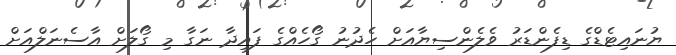
ޔުނައިޓެޑްގެ ޑިފެންޑަރު ވެލެންސިޔާއަށް ހެދުނު ގޯހެއްގެ ފައިދާ ނަގާ މި ގޯލަށް އާސެނަލްއަށް